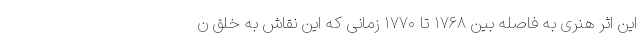
این اثر هنری به فاصله بین ۱۷۶۸ تا ۱۷۷۰ زمانی که این نقاش به خلق ن